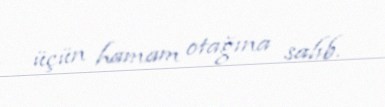
üçün hamam otağına salıb.